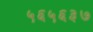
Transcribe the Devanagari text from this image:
५६५६३७